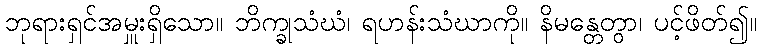
ဘုရားရှင်အမှူးရှိသော။ ဘိက္ခုသံဃံ၊ ရဟန်းသံဃာကို။ နိမန္တေတွာ၊ ပင့်ဖိတ်၍။